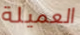
العميلة